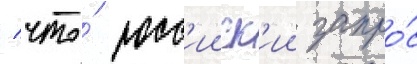
/ что́ росс'ииск'ии запро́с